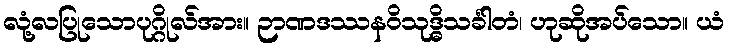
လုံ့လပြုသောပုဂ္ဂိုလ်အား။ ဉာဏဒဿနဝိသုဒ္ဓိသင်္ခါတံ၊ ဟုဆိုအပ်သော။ ယံ